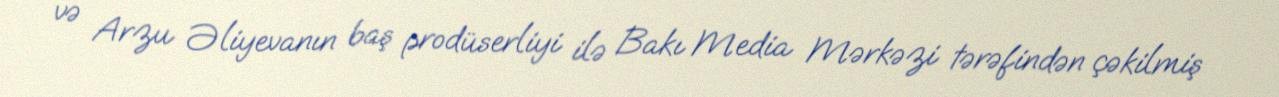
və Arzu Əliyevanın baş prodüserliyi ilə Bakı Media Mərkəzi tərəfindən çəkilmiş